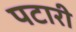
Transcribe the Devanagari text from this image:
पटारी